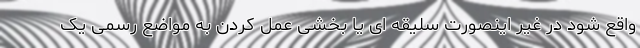
واقع شود در غیر اینصورت سلیقه ای یا بخشی عمل کردن به مواضع رسمی یک